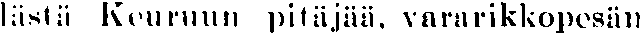
lästä Keuruun pitäjää, vararikkopesän